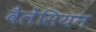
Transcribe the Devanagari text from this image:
वैलेंसियन